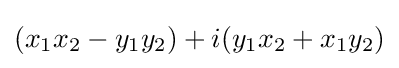
(x_{1}x_{2}-y_{1}y_{2})+i(y_{1}x_{2}+x_{1}y_{2})